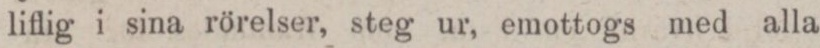
liflig i sina rörelser, steg ur, emottogs med alla